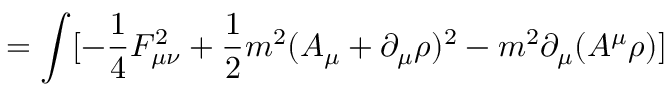
= \int [ - \frac { 1 } { 4 } F _ { \mu \nu } ^ { 2 } + \frac { 1 } { 2 } m ^ { 2 } ( A _ { \mu } + \partial _ { \mu } \rho ) ^ { 2 } - m ^ { 2 } \partial _ { \mu } ( A ^ { \mu } \rho ) ]